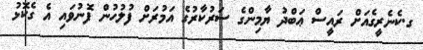
ގ.ކެނެރީގެއަށް ރައީސް ޢަބްދު ޔާމިންގެ ސަރުކާރުގެ އަމުރަށް ފުލުހުން ފޮނުވައި އެ ގެކޮޅު